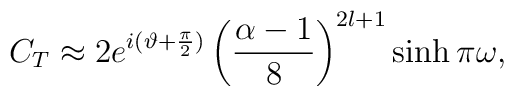
C_T \approx 2 e^{i (\vartheta + \frac{\pi}{2})} \left( \frac{\alpha-1}{8}\right)^{2l+1} \sinh \pi \omega,